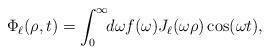
LaTeX: \begin{align*}\Phi_\ell(\rho,t) = \int_0^\infty \! \! d\omega f(\omega) J_\ell(\omega \rho) \cos(\omega t),\end{align*}